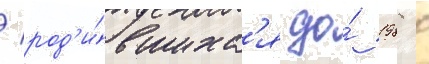
/ род'и́вшихс'я до́ 1988